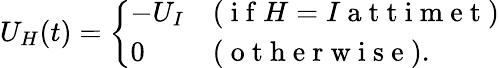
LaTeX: U_{H}(t)=\left\{ \begin{array}{ll}{-U_{I}}&{(\mathrm{~i~f~}H=I\mathrm{~a~t~t~i~m~e~t~})}\\ {0}&{(\mathrm{~o~t~h~e~r~w~i~s~e~}).}\end{array}\right.